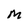
Character: M